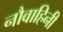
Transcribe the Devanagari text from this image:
नौवाहिनी